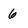
Character: 6